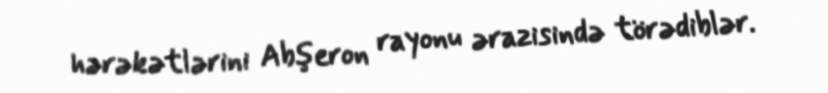
hərəkətlərini Abşeron rayonu ərazisində törədiblər.